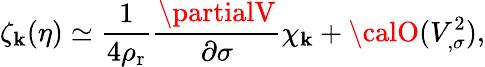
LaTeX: \zeta_{\mathbf{k}}(\eta)\simeq\frac{{1}}{{4\rho_{\mathrm{{r}}}}}\frac{{\partialV}}{{\partial\sigma}}\chi_{\mathbf{k}}+{\calO}(V_{,\sigma}^{2}),